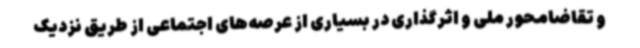
و تقاضامحور ملی و اثرگذاری در بسیاری از عرصه‌های اجتماعی از طریق نزدیک